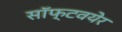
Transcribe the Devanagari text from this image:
सॉफ्टवयेर